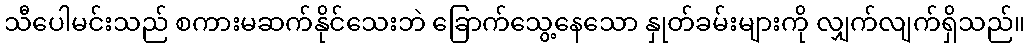
သီပေါမင်းသည် စကားမဆက်နိုင်သေးဘဲ ခြောက်သွေ့နေသော နှုတ်ခမ်းများကို လျှက်လျက်ရှိသည်။